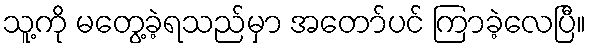
သူ့ကို မတွေ့ခဲ့ရသည်မှာ အတော်ပင် ကြာခဲ့လေပြီ။